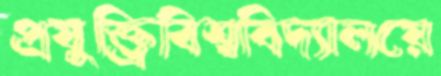
প্রযুক্ত্রিবিশ্ববিদ্যালয়ে